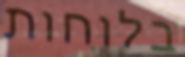
בלוחות